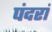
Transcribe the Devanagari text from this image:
पंदरां